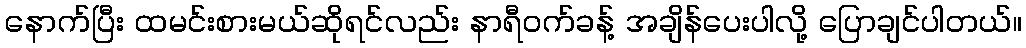
နောက်ပြီး ထမင်းစားမယ်ဆိုရင်လည်း နာရီဝက်ခန့် အချိန်ပေးပါလို့ ပြောချင်ပါတယ်။